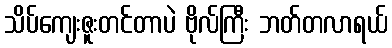
သိပ်ကျေးဇူးတင်တာပဲ ဗိုလ်ကြီး ဘတ်တလာရယ်